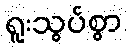
ရူးသွပ်စွာ